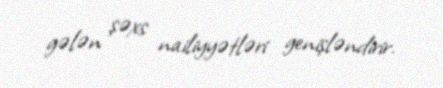
gələn şəxs nailiyyətləri genişləndirir.